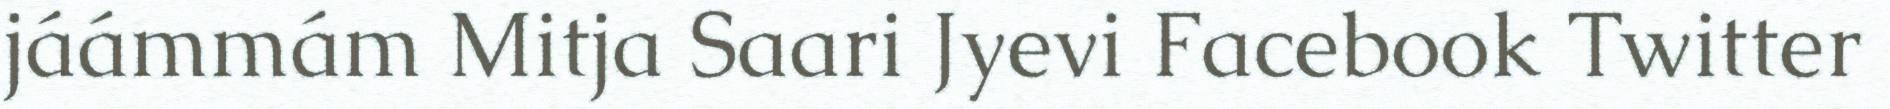
jáámmám Mitja Saari Jyevi Facebook Twitter